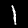
Digit: 1